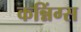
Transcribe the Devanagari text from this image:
कन्निंग्स